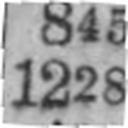
1228